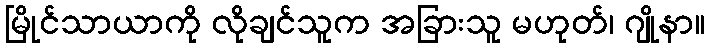
မြိုင်သာယာကို လိုချင်သူက အခြားသူ မဟုတ်၊ ဂျိုနာ။